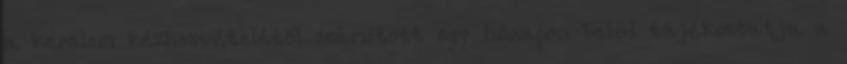
a kérelem kézhezvételétől számított egy hónapon belül tájékoztatja a